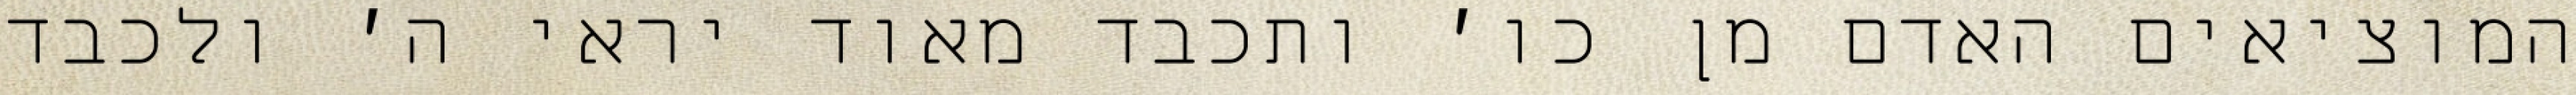
המוציאים האדם מן כו׳ ותכבד מאוד יראי ה׳ ולכבד